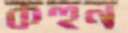
কহুন